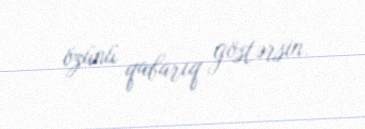
özünü qabarıq göstərsin.